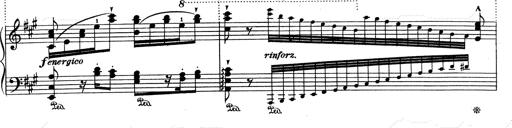
Title: RÃ©miniscences de Don Juan
Composer: Franz Liszt